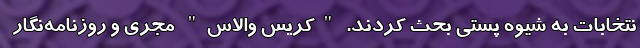
نتخابات به شیوه پستی بحث کردند. "کریس والاس" مجری و روزنامه‌نگار